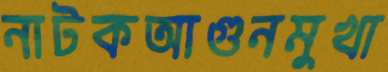
নাটকআগুনমুখা